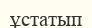
ұстатып